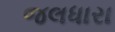
જલધારા